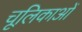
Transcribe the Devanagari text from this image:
चूलिकाओं